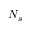
N _ { s }